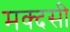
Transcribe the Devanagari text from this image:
मक्दसी